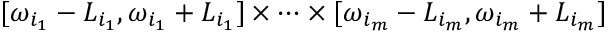
[ \omega _ { i _ { 1 } } - L _ { i _ { 1 } } , \omega _ { i _ { 1 } } + L _ { i _ { 1 } } ] \times \cdots \times [ \omega _ { i _ { m } } - L _ { i _ { m } } , \omega _ { i _ { m } } + L _ { i _ { m } } ]